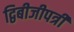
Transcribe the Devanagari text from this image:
द्विबीजीपत्री